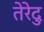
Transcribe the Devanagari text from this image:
तेरेदु